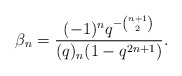
\begin{align*} \beta_n = \frac{(-1)^nq^{-\binom{n+1}{2}}}{(q)_{n}(1-q^{2n+1})}.\end{align*}